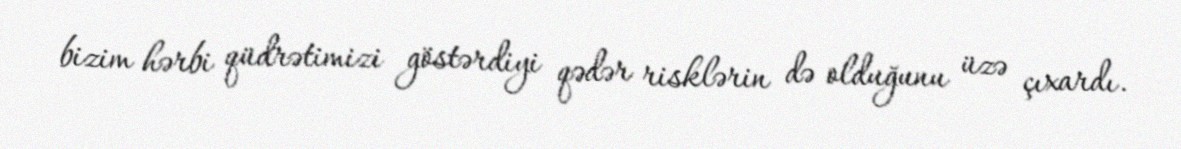
bizim hərbi qüdrətimizi göstərdiyi qədər risklərin də olduğunu üzə çıxardı.